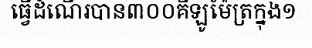
ធ្វើដំណើរបាន៣០០គីឡូម៉ែត្រក្នុង១